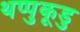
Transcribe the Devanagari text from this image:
थप्पुकूडु